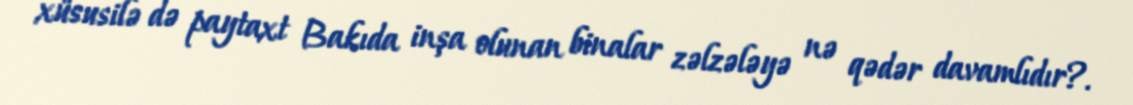
xüsusilə də paytaxt Bakıda inşa olunan binalar zəlzələyə nə qədər davamlıdır?.